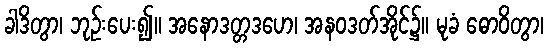
ခါဒိတွာ၊ ဘုဉ်းပေး၍။ အနောဒတ္တဒဟေ၊ အနဝဒတ်အိုင်၌။ မုခံ ဓောဝိတွာ၊